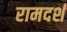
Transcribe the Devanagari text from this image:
रामदर्श